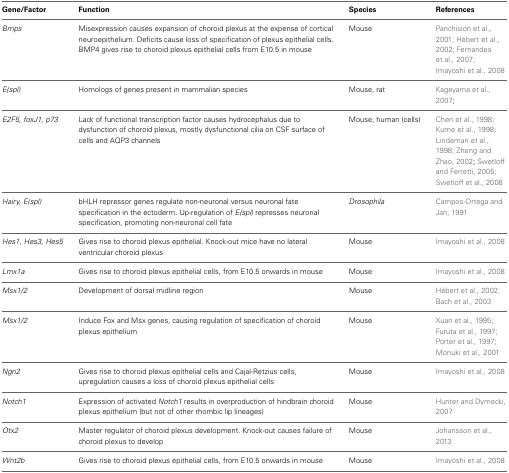
| Gene/Factor | Function | Species | References |
 | --- | --- | --- | --- |
 | Bmps | Misexpression causes expansion of choroid plexus at the expense of cortical neuroepithelium. Deficits cause loss of specification of plexus epithelial cells. BMP4 gives rise to choroid plexus epithelial cells from E10.5 in mouse | Mouse | Panchision et al., 2001; Hébert et al., 2002; Fernandes et al., 2007; Imayoshi et al., 2008 |
 | E(spl) | Homologs of genes present in mammalian species | Mouse, rat | Kageyama et al., 2007; |
 | E2F5, foxJ1, p73 | Lack of functional transcription factor causes hydrocephalus due to dysfunction of choroid plexus, mostly dysfunctional cilia on CSF surface of cells and AQP3 channels | Mouse, human (cells) | Chen et al., 1998; Kume et al., 1998; Lindeman et al., 1998; Zheng and Zhao, 2002; Swetloff and Ferretti, 2005; Swetloff et al., 2006 |
 | Hairy, E(spl) | bHLH repressor genes regulate non-neuronal versus neuronal fate specification in the ectoderm. Up-regulation of E(spl) represses neuronal specification, promoting non-neuronal cell fate | Drosophila | Campos-Ortega and Jan, 1991 |
 | Hes1, Hes3, Hes5 | Gives rise to choroid plexus epithelial. Knock-out mice have no lateral ventricular choroid plexus | Mouse | Imayoshi et al., 2008 |
 | Lmx1a | Gives rise to choroid plexus epithelial cells, from E10.5 onwards in mouse | Mouse | Imayoshi et al., 2008 |
 | Msx1/2 | Development of dorsal midline region | Mouse | Hébert et al., 2002; Bach et al., 2003 |
 | Msx1/2 | Induce Fox and Msx genes, causing regulation of specification of choroid plexus epithelium | Mouse | Xuan et al., 1995; Furuta et al., 1997; Porter et al., 1997; Monuki et al., 2001 |
 | Ngn2 | Gives rise to choroid plexus epithelial cells and Cajal-Retzius cells, upregulation causes a loss of choroid plexus epithelial cells | Mouse | Imayoshi et al., 2008 |
 | Notch1 | Expression of activated Notch1 results in overproduction of hindbrain choroid plexus epithelium (but not of other rhombic lip lineages) | Mouse | Hunter and Dymecki, 2007 |
 | Otx2 | Master regulator of choroid plexus development. Knock-out causes failure of choroid plexus to develop | Mouse | Johansson et al., 2013 |
 | Wnt2b | Gives rise to choroid plexus epithelial cells, from E10.5 onwards in mouse | Mouse | Imayoshi et al., 2008 |